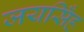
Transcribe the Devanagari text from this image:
जयसिँह